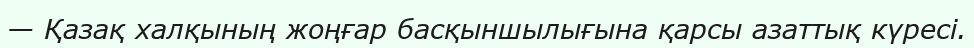
— Қазақ халқының жоңғар басқыншылығына қарсы азаттық күресі.